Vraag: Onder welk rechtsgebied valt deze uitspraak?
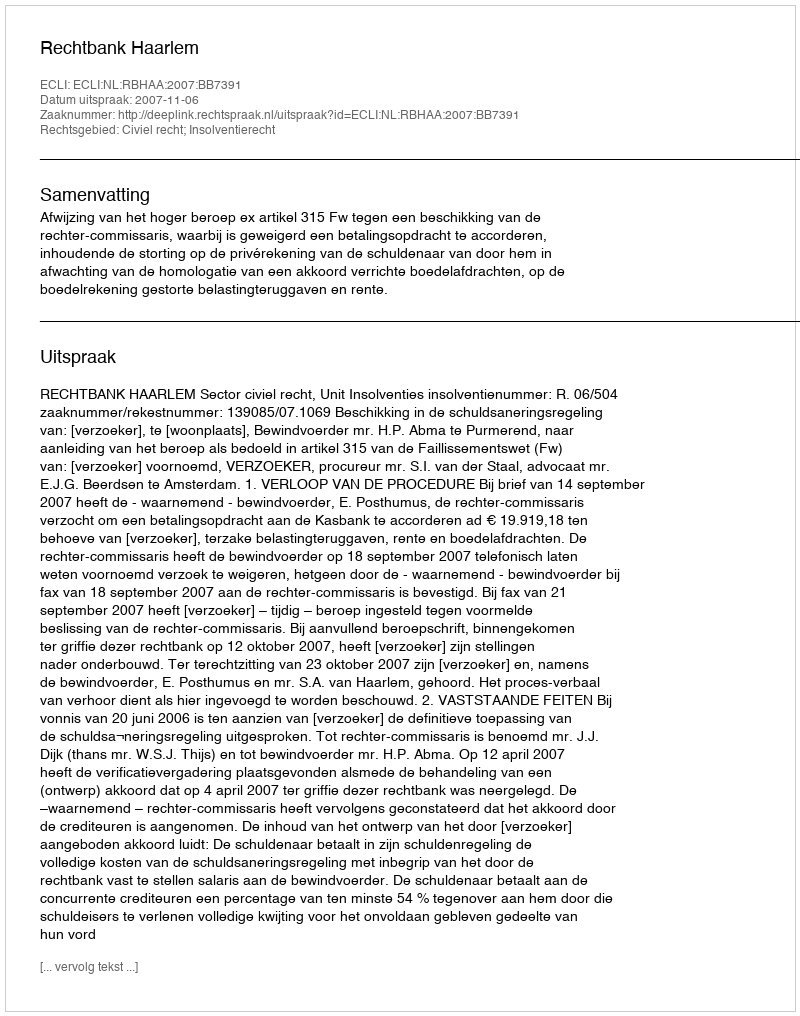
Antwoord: Civiel recht; Insolventierecht